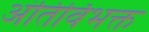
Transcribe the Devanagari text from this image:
अंतिर्विभक्त